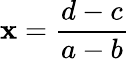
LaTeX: \mathbf{x}={\frac{{d-c}}{{a-b}}}